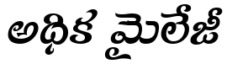
అధిక మైలేజీ